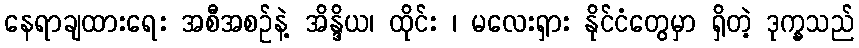
နေရာချထားရေး အစီအစဉ်နဲ့ အိန္ဒိယ၊ ထိုင်း ၊ မလေးရှား နိုင်ငံတွေမှာ ရှိတဲ့ ဒုက္ခသည်